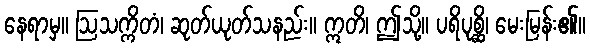
နေရာမှ။ ဩသက္ကိတံ၊ ဆုတ်ယုတ်သနည်း။ ဣတိ၊ ဤသို့။ ပရိပုစ္ဆိ၊ မေးမြန်း၏။